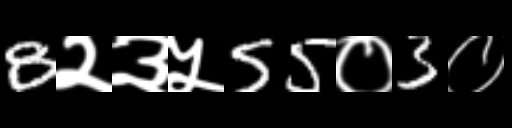
Text: 8२३५55०3०